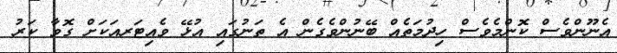
އެނޫންވެސް ކޮންމެވެސް ހިދުމަތެއް ބޭނުންވެގެން އެ ތަނުގައި އުޅޭ ވެއިޓަރއަކަށް ގޮވާ ކަރު